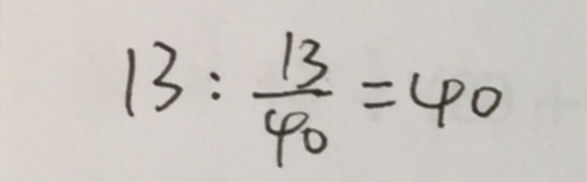
1 3 : \frac { 1 3 } { 4 0 } = 4 0